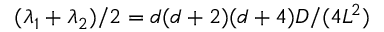
( \lambda _ { 1 } + \lambda _ { 2 } ) / 2 = d ( d + 2 ) ( d + 4 ) D / ( 4 L ^ { 2 } )